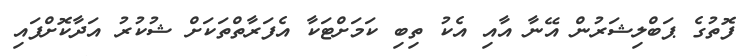
ފޮތުގެ ޕަބްލިޝަރުން އޭނާ އާއި އެކު ތިބި ކަމަށްޓަކާ އެފަރާތްތަކަށް ޝުކުރު އަދާކޮށްފައި